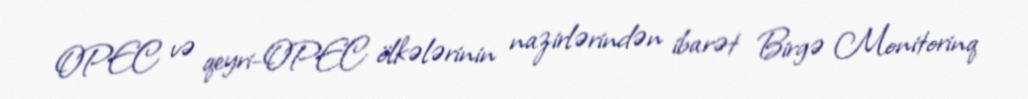
OPEC və qeyri-OPEC ölkələrinin nazirlərindən ibarət Birgə Monitorinq